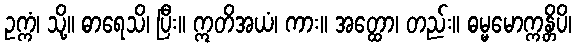
ဥက္ကံ၊ သို့။ ဓာရေသိ၊ ပြီး။ ဣတိအယံ၊ ကား။ အတ္ထော၊ တည်း။ ဓမ္မမောက္ကန္တိပိ၊